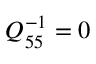
Q _ { 5 5 } ^ { - 1 } = 0